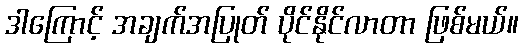
ဒါကြောင့် အချက်အပြုတ် ပိုင်နိုင်လာတာ ဖြစ်မယ်။